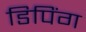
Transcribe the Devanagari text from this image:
डिपिंग